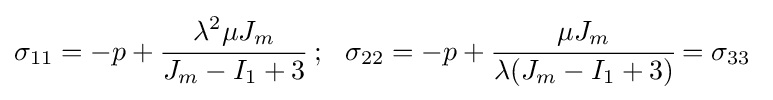
\sigma _{11}=-p+{\cfrac {\lambda ^{2}\mu J_{m}}{J_{m}-I_{1}+3}}~;~~\sigma _{22}=-p+{\cfrac {\mu J_{m}}{\lambda (J_{m}-I_{1}+3)}}=\sigma _{33}~